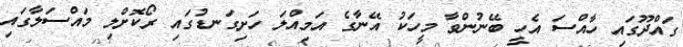
ގައްދޫގައި ހާއްސަ އެހީ ބޭނުންވާ މީހަކު އޭނާގެ އަމިއްލަ ހަށިގަނޑުގައި ރޯކޮށްލި މައްސަލާގައި